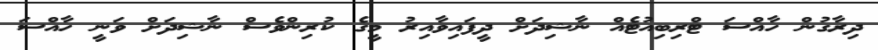
ދިރާގުން ހާއްސަ ޓްރިބިއުޓެއް ނާޝިދަށް ދީފައިވާއިރު މީގެ ކުރިންވެސް ނާޝިދަށް ވަނީ ހާއްސަ